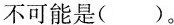
不可能是( )。